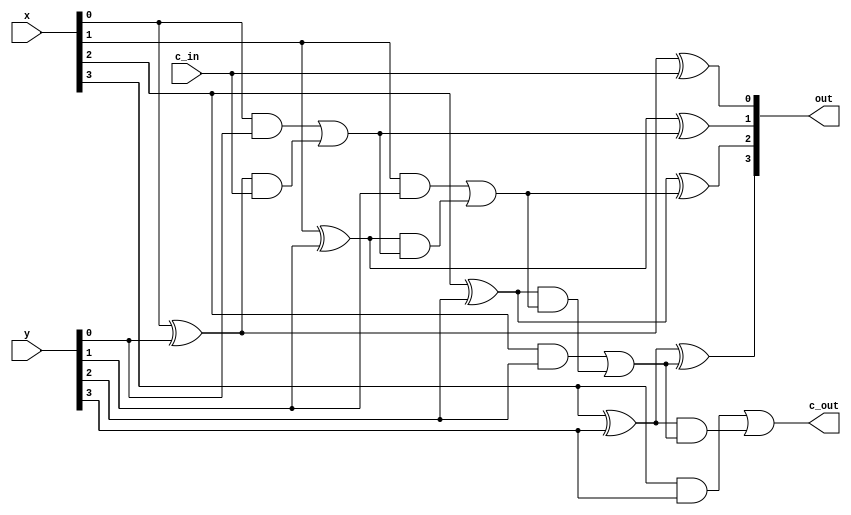
/* CSED273 lab5 experiment 1 */
/* lab5_1.v */

`timescale 1ps / 1fs

/* Implement adder 
 * You must not use Verilog arithmetic operators */
module adder(
    input [3:0] x,
    input [3:0] y,
    input c_in,             // Carry in
    output [3:0] out,
    output c_out            // Carry out
); 

    ////////////////////////
    /* Add your code here */
    wire [3:0] A;
    wire [3:0] B;
    wire [3:0] C;
    wire [2:0] cout;
    
    xor(out[0],x[0],y[0],c_in);
    and(A[0],x[0],y[0]);
    xor(B[0],x[0],y[0]);
    and(C[0],B[0],c_in);
    or(cout[0],A[0],C[0]);
    
    xor(out[1],x[1],y[1],cout[0]);
    and(A[1],x[1],y[1]);
    xor(B[1],x[1],y[1]);
    and(C[1],B[1],cout[0]);
    or(cout[1],A[1],C[1]);
    
    xor(out[2],x[2],y[2],cout[1]);
    and(A[2],x[2],y[2]);
    xor(B[2],x[2],y[2]);
    and(C[2],B[2],cout[1]);
    or(cout[2],A[2],C[2]);
    
    xor(out[3],x[3],y[3],cout[2]);
    and(A[3],x[3],y[3]);
    xor(B[3],x[3],y[3]);
    and(C[3],B[3],cout[2]);
    or(c_out,A[3],C[3]);
    ////////////////////////

endmodule

/* Implement arithmeticUnit with adder module
 * You must use one adder module.
 * You must not use Verilog arithmetic operators */
module arithmeticUnit(
    input [3:0] x,
    input [3:0] y,
    input [2:0] select,
    output [3:0] out,
    output c_out            // Carry out
);

    ////////////////////////
    /* Add your code here */
    wire [3:0] y_;
    wire a0,a1,a2,b0,b1,b2,c0,c1,c2,d0,d1,d2;
    and(a0, select[1],y[0]);//s1,y0
    not(a1, y[0]);
    and(a2, select[2], a1);//s2,y0'
    or(y_[0],a0,a2);
    
    and(b0, select[1],y[1]);//s1,y1
    not(b1, y[1]);
    and(b2, select[2], b1);//s2,y1'
    or(y_[1],b0,b2);
    
    and(c0, select[1],y[2]);//s1,y2
    not(c1, y[2]);
    and(c2, select[2], c1);//s2,y2'
    or(y_[2],c0,c2);
    
    and(d0, select[1],y[3]);//s1,y3
    not(d1, y[3]);
    and(d2, select[2], d1);//s2,y3'
    or(y_[3],d0,d2);
    
    adder A(y_[3:0],x[3:0],select[0],out[3:0],c_out);
    ////////////////////////

endmodule

/* Implement 4:1 mux */
module mux4to1(
    input [3:0] in,
    input [1:0] select,
    output out
);

    ////////////////////////
    /* Add your code here */
    wire A,B,C,D;
    and(A,in[0],~select[1],~select[0]);
    and(B,in[1],~select[1],select[0]);
    and(C,in[2],select[1],~select[0]);
    and(D,in[3],select[1],select[0]);
    or(out,A,B,C,D);
    ////////////////////////

endmodule

/* Implement logicUnit with mux4to1 */
module logicUnit(
    input [3:0] x,
    input [3:0] y,
    input [1:0] select,
    output [3:0] out
);

    ////////////////////////
    /* Add your code here */
    wire [3:0] in_value0;
    wire [3:0] in_value1;
    wire [3:0] in_value2;
    wire [3:0] in_value3;
    and(in_value0[0],x[0],y[0]);
    or(in_value0[1],x[0],y[0]);
    xor(in_value0[2],x[0],y[0]);
    not(in_value0[3],x[0]);
    
    and(in_value1[0],x[1],y[1]);
    or(in_value1[1],x[1],y[1]);
    xor(in_value1[2],x[1],y[1]);
    not(in_value1[3],x[1]);
    
    and(in_value2[0],x[2],y[2]);
    or(in_value2[1],x[2],y[2]);
    xor(in_value2[2],x[2],y[2]);
    not(in_value2[3],x[2]);
    
    and(in_value3[0],x[3],y[3]);
    or(in_value3[1],x[3],y[3]);
    xor(in_value3[2],x[3],y[3]);
    not(in_value3[3],x[3]);
    
    mux4to1 A(in_value0[3:0],select[1:0],out[0]);
    mux4to1 B(in_value1[3:0],select[1:0],out[1]);
    mux4to1 C(in_value2[3:0],select[1:0],out[2]);
    mux4to1 D(in_value3[3:0],select[1:0],out[3]);
    
    ////////////////////////

endmodule

/* Implement 2:1 mux */
module mux2to1(
    input [1:0] in,
    input  select,
    output out
);

    ////////////////////////
    /* Add your code here */
    wire A,B;
    and(A,in[0],~select,1);
    and(B,in[1],select,1);
    or(out,A,B);
    ////////////////////////

endmodule

/* Implement ALU with mux2to1 */
module lab5_1(
    input [3:0] x,
    input [3:0] y,
    input [3:0] select,
    output [3:0] out,
    output c_out            // Carry out
);

    ////////////////////////
    /* Add your code here */
    wire [3:0] out_1;
    wire [3:0] out_2;
    arithmeticUnit A(x[3:0],y[3:0],select[2:0],out_1[3:0],c_out);
    logicUnit B(x[3:0],y[3:0],select[1:0],out_2[3:0]);
    wire [1:0] ab0;
    wire [1:0] ab1;
    wire [1:0] ab2;
    wire [1:0] ab3;
    
    assign ab0[0]=out_1[0];
    assign ab0[1]=out_2[0];
    assign ab1[0]=out_1[1];
    assign ab1[1]=out_2[1];
    assign ab2[0]=out_1[2];
    assign ab2[1]=out_2[2];
    assign ab3[0]=out_1[3];
    assign ab3[1]=out_2[3];
    
    mux2to1 C(ab0[1:0],select[3],out[0]);
    mux2to1 D(ab1[1:0],select[3],out[1]);
    mux2to1 E(ab2[1:0],select[3],out[2]);
    mux2to1 F(ab3[1:0],select[3],out[3]);
    ////////////////////////

endmodule